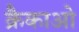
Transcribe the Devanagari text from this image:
क्रैकाओ